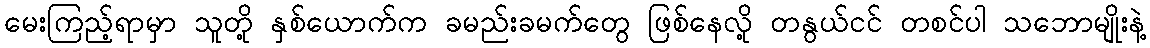
မေးကြည့်ရာမှာ သူတို့ နှစ်ယောက်က ခမည်းခမက်တွေ ဖြစ်နေလို့ တနွယ်ငင် တစင်ပါ သဘောမျိုးနဲ့